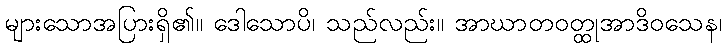
များသောအပြားရှိ၏။ ဒေါသောပိ၊ သည်လည်း။ အာဃာတဝတ္ထုအာဒိဝသေန၊